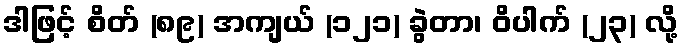
ဒါဖြင့် စိတ် (၈၉) အကျယ် (၁၂၁) ခွဲတာ၊ ဝိပါက် (၂၃) လို့